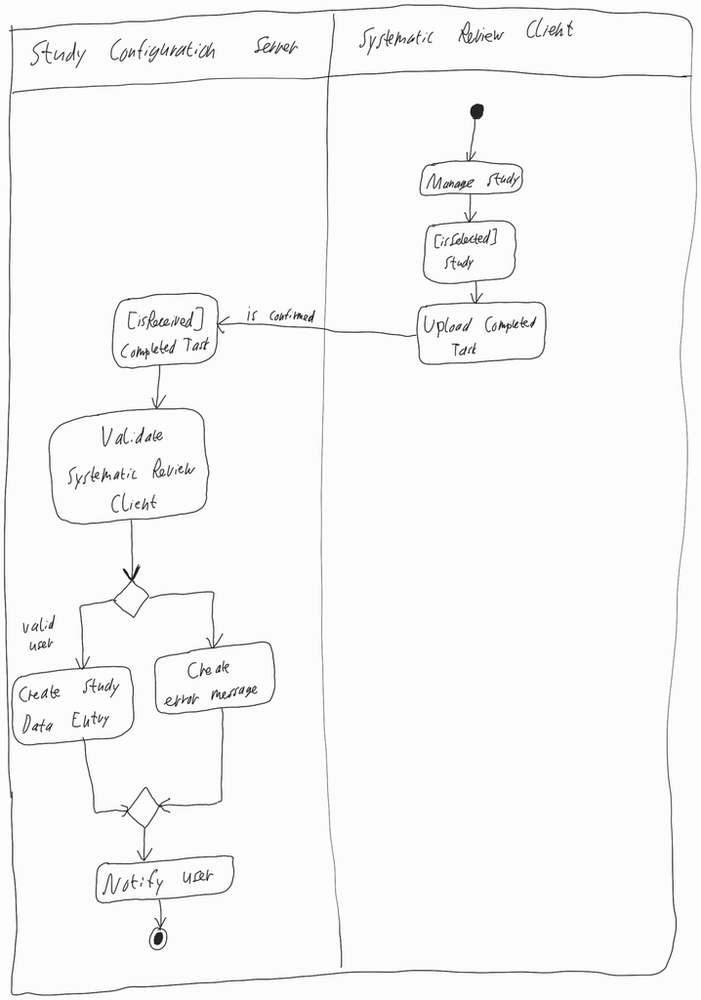
Diagram type: activity_diagram
```plantuml
@startuml

|Study Configuration Server|

|Systematic Review Client|

start

:Manage Study;

:[isSelected] Study;

:Upload Completed Task;

-> is confirmed;

|Study Configuration Server|

:[isReceived] Completed Task;

:Validate Systematic Review Client;

if () then (valid user)
  :Create Study Data Entry;
else ()
  :Create error message;
endif

:Notify user;

stop

@enduml
```